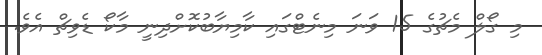
މި ގޯލް މެޗުގެ 15 ވަނަ މިނެޓްގައި ކާމިޔާބުކޮށްދިނީ މާކޯ ޑެވިޗް އެވެ.